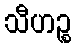
သီဟဉ္စ